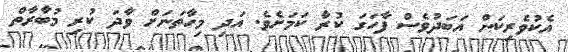
އެކުވެރިކަން އަބަދުވެސް ފާހަގަ ކުރާ ކަމަށެވެ. އަދި މިހާތަނަށް ވާދަ ކުރި މުބާރާތް